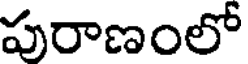
పురాణంలో